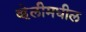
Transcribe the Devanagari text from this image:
व्हेलीमधील